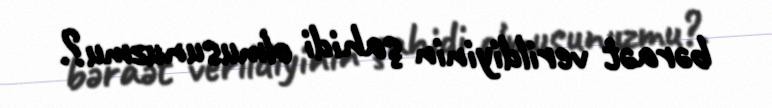
bəraət verildiyinin şahidi olmusunuzmu?.